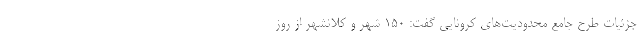
جزئیات طرح جامع محدودیت‌های کرونایی گفت: ۱۵۰ شهر و کلانشهر از روز